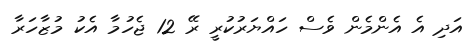
އަދި އެ އެންމެން ވެސް ހައްޔަރުކުރީ ރޭ 12 ޖެހުމާ އެކު މުޒާހަރާ